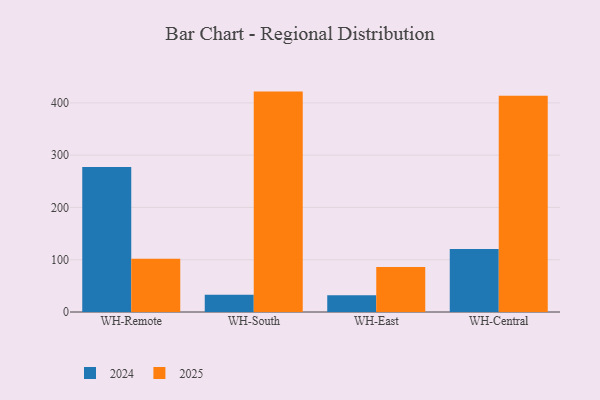
{"axis": {"x": "Warehouse", "y": "Net Income (USD K)"}, "legend": ["2024", "2025"], "data": [{"x": "WH-Remote", "y": 102.1, "type": "2025"}, {"x": "WH-Remote", "y": 277.2, "type": "2024"}, {"x": "WH-South", "y": 421.6, "type": "2025"}, {"x": "WH-South", "y": 33.0, "type": "2024"}, {"x": "WH-East", "y": 86.3, "type": "2025"}, {"x": "WH-East", "y": 31.9, "type": "2024"}, {"x": "WH-Central", "y": 413.9, "type": "2025"}, {"x": "WH-Central", "y": 120.7, "type": "2024"}]}